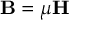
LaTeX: \mathbf { B } = \mu \mathbf { H }